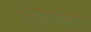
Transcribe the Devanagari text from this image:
निश्चिंतता